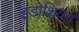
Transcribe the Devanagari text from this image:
इंडोशियन